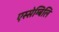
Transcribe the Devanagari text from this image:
एस्सेम्बिलि